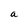
Character: a